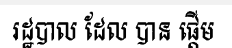
រដ្ឋបាល ដែល បាន ផ្តើម